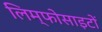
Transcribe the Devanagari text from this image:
लिम्फोसाइटों